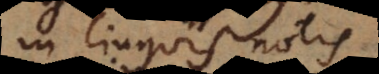
in linguis notis.